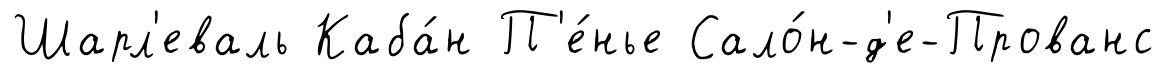
Шарл'еваль Каба́н П'е́нье Сало́н-д'е-Прованс